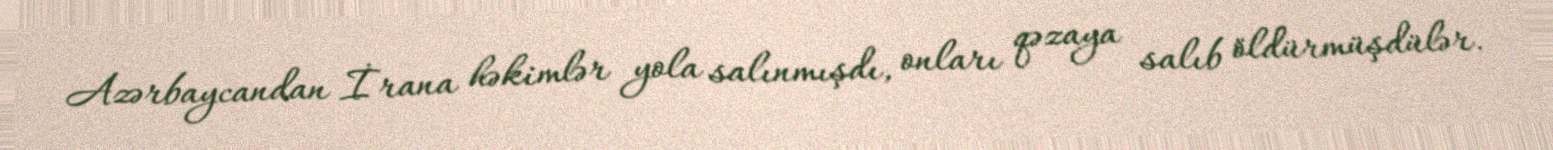
Azərbaycandan İrana həkimlər yola salınmışdı, onları qəzaya salıb öldürmüşdülər.